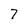
Character: 7